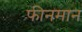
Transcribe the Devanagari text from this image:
फीनमान